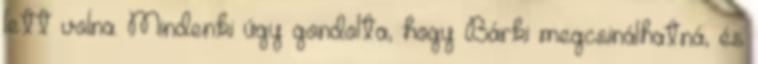
lett volna. Mindenki úgy gondolta, hogy Bárki megcsinálhatná, és